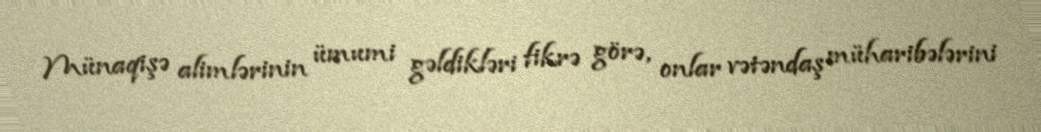
Münaqişə alimlərinin ümumi gəldikləri fikrə görə, onlar vətəndaş müharibələrini